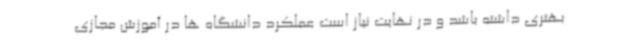
بهتری داشته باشد و در نهایت نیاز است عملکرد دانشگاه ها در آموزش مجازی